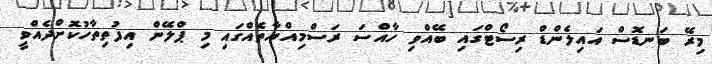
މިރޭ ބަނޑޮސް އައިލެންޑް ރިސޯޓްގައި ބޭއްވި ހާއްސަ ރަސްމިއްޔާތެއްގައި މި ޕްލޭން އިފުތިތާހުކޮށްދެއްވީ